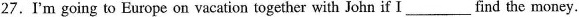
27.I'm going to Europe on vacation together with John if I ____ find the money.